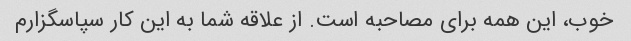
خوب، این همه برای مصاحبه است. از علاقه شما به این کار سپاسگزارم